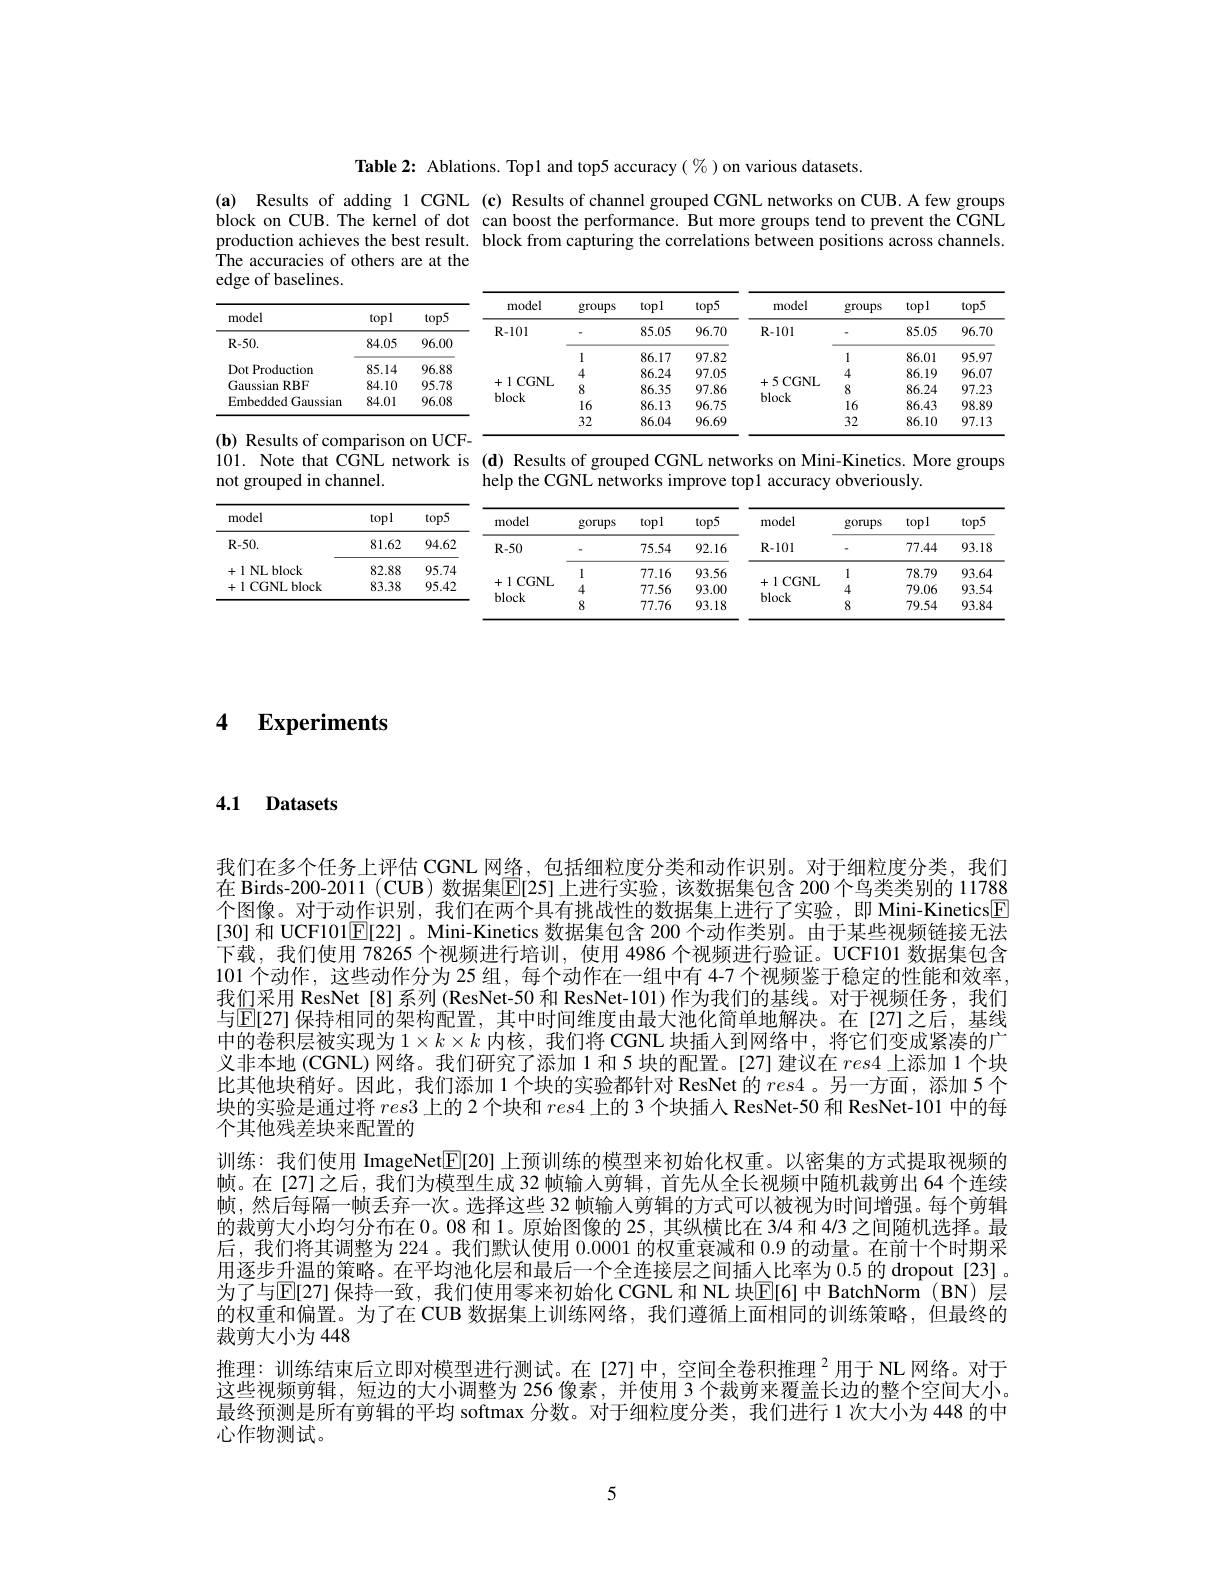
Table 2: Ablations. Top1 and top5 accuracy $(\%)$ on various datasets.

(a) Results of adding 1 CGNL (c) Results of channel grouped CGNL networks on CUB.A few groups block on CUB. The kernel of dot can boost the performance. But more groups tend to prevent the CGNL production achieves the best result. block from capturing the correlations between positions across channels. The accuracies of others are at the
of baselines.

<table>
	<tbody>
		<tr>
			<th> </th>
			<th> </th>
			<th>、5</th>
			<th>model</th>
			<th>groups</th>
			<th>topl</th>
			<th>$top5$</th>
			<th>model</th>
			<th>groups</th>
			<th>topl</th>
			<th>$top5$</th>
		</tr>
		<tr>
			<td>Iloue</td>
			<td>$10p1$</td>
			<td>$10p.$</td>
			<td>$R-101$</td>
			<td> </td>
			<td>85.05</td>
			<td>96.70</td>
			<td>$R-101$</td>
			<td> </td>
			<td>85.05</td>
			<td>$96.7C$</td>
		</tr>
		<tr>
			<td>$\mathbf{K}-\mathbf{J}\mathbf{U}.$</td>
			<td>84.00</td>
			<td>$y0.00$</td>
			<td> </td>
			<td>1</td>
			<td>86.17</td>
			<td>97.82</td>
			<td> </td>
			<td>1</td>
			<td>86.01</td>
			<td>95.97</td>
		</tr>
		<tr>
			<td>Dot Production</td>
			<td>85.14</td>
			<td>96.88</td>
			<td> </td>
			<td>4</td>
			<td>86.24</td>
			<td>97.05</td>
			<td> </td>
			<td>4</td>
			<td>86.19</td>
			<td>96.07</td>
		</tr>
		<tr>
			<td>Gaussian $RBF$</td>
			<td>84.10</td>
			<td>95.78</td>
			<td>LUNL</td>
			<td>8</td>
			<td>86.35</td>
			<td>97.86</td>
			<td>$JUUNL$</td>
			<td>8</td>
			<td>86.24</td>
			<td>97.23</td>
		</tr>
		<tr>
			<td rowspan="2">Embedded Gaussian</td>
			<td>84.01</td>
			<td>96.08</td>
			<td>DIOCK</td>
			<td>16</td>
			<td>86.13</td>
			<td>96.75</td>
			<td>DIOCK</td>
			<td>16</td>
			<td>86.43</td>
			<td>98.89</td>
		</tr>
		<tr>
			<td> </td>
			<td> </td>
			<td> </td>
			<td>32</td>
			<td>86.04</td>
			<td>96.69</td>
			<td> </td>
			<td>32</td>
			<td>86.10</td>
			<td>97.13</td>
		</tr>
	</tbody>
</table>
101. Note that CGNL network is (d) Results of grouped CGNL networks on Mini-Kinetics. More groups

not grouped in channel.

help the CGNL networks improve top1 accuracy obveriously.

<table>
	<tbody>
		<tr>
			<th rowspan="2">model $R-50.$</th>
			<th rowspan="2">topl 81.62</th>
			<th rowspan="2">$top5$ 94.62</th>
			<th rowspan="2">model $R-50$</th>
			<th rowspan="2">gorups</th>
			<th rowspan="2">topl 75.54</th>
			<th rowspan="2">$top5$ 92.16</th>
			<th rowspan="2">model $R-101$</th>
			<th rowspan="2">gorups</th>
			<th rowspan="2">topl 77.44</th>
			<th rowspan="2">$top5$ 93.18</th>
		</tr>
		<tr>
			<td>+1 NL block</td>
			<td>82.88</td>
			<td>95.74</td>
			<td> </td>
			<td>1</td>
			<td>77.16</td>
			<td>93.56</td>
			<td> </td>
			<td>1</td>
			<td>78.79</td>
			<td>93.64</td>
		</tr>
		<tr>
			<td rowspan="2">+1CGNL block</td>
			<td>83.38</td>
			<td>95.42</td>
			<td>$IUUNL$</td>
			<td>4</td>
			<td>77.56</td>
			<td>93.00</td>
			<td>$IUUNL$</td>
			<td>4</td>
			<td>79.06</td>
			<td>93.54</td>
		</tr>
		<tr>
			<td> </td>
			<td> </td>
			<td>DIOCK</td>
			<td>8</td>
			<td>77.76</td>
			<td>93.18</td>
			<td>DIOCK</td>
			<td>8</td>
			<td>79.54</td>
			<td>93.84</td>
		</tr>
	</tbody>
</table>

4 $\textbf{Experiments}$

4.1 Datasets

我们在多个任务上评估 CGNL 网络，包括细粒度分类和动作识别。对于细粒度分类，我们在 Birds-200-2011 (CUB)数据集$\overline{\mathbb{E}}$[25]上进行实验，该数据集包含 200 个鸟类类别的 11788个图像。对于动作识别，我们在两个具有挑战性的数据集上进行了实验，即 Mini-Kinetics$\boxed{\mathrm{F}}$ [30] 和 UCF101$\mathbb{E}[22]$ 。Mini-Kinetics 数据集包含 200 个动作类别。由于某些视频链接无法下载，我们使用 78265 个视频进行培训，使用 4986 个视频进行验证。UCF101 数据集包含101 个动作，这些动作分为 25 组，每个动作在一组中有 47 个视频鉴于稳定的性能和效率， 我们采用 ResNet [8]系列 (ResNet-50 和 ResNet-101)作为我们的基线。对于视频任务，我们与$\mathbb{E}[27]$ 保持相同的架构配置，其中时间维度由最大池化简单地解决。在[27]之后，基线中的卷积层被实现为$1\times k\times k$内核，我们将 CGNL 块插人到网络中，将它们变成紧凑的广义非本地 (CGNL) 网络。我们研究了添加 1 和 5 块的配置。[27] 建议在$res4$上添加 1 个块比其他块稍好。因此，我们添加 1 个块的实验都针对 ResNet 的$res4$ 。另一方面，添加 5 个块的实验是通过将$res3$上的 2 个块和$res4$上的 3 个块插人 ResNet-50 和 ResNet-101 中的每个其他残差块来配置的
训练：我们使用 ImageNet$\boxed{\mathbb{E}}[20]$上预训练的模型来初始化权重。以密集的方式提取视频的帧。在[27]之后，我们为模型生成 32 帧输人剪辑，首先从全长视频中随机裁剪出 64 个连续帧，然后每隔一帧丢弃一次。选择这些 32 帧输人剪辑的方式可以被视为时间增强。每个剪辑的裁剪大小均匀分布在0。08 和 1。原始图像的 25, 其纵横比在 3/4 和 4/3 之间随机选择。最后，我们将其调整为 224。我们默认使用0.0001的权重衰减和0.9的动量。在前十个时期采用逐步升温的策略。在平均池化层和最后一个全连接层之间插人比率为0.5 的 dropout [23] 。为了与$\mathbb{E}[27]$ 保持一致，我们使用零来初始化 CGNL 和 NL 块$\mathbb{E}[6]$ 中 BatchNorm (BN)层的权重和偏置。为了在 CUB 数据集上训练网络，我们遵循上面相同的训练策略，但最终的裁剪大小为 448
推理：训练结束后立即对模型进行测试。在[27]中，空间全卷积推理$^{2}$用于 NL 网络。对于这些视频剪辑，短边的大小调整为 256 像素，并使用 3 个裁剪来覆盖长边的整个空间大小。最终预测是所有剪辑的平均 softmax 分数。对于细粒度分类，我们进行 1 次大小为 448 的中心作物测试。

5